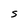
Character: S